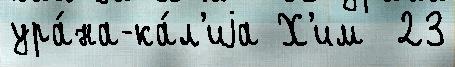
ура́на-ка́л'иjа Х'им  23